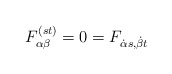
\begin{align*}F^{(st)}_{\alpha \beta}=0=F_{{\dot \alpha}s, {\dot \beta}t}\end{align*}